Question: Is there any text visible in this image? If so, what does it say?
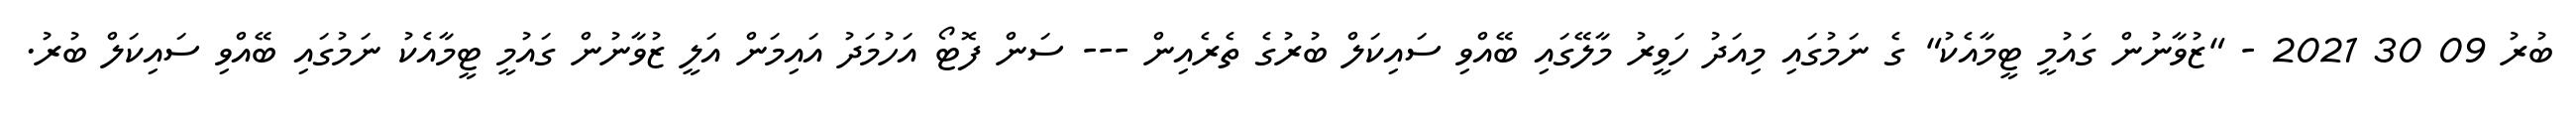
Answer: ބުރު 09 30 2021 - "ޒުވާނުން ގައުމީ ޓީމާއެކު" ގެ ނަމުގައި މިއަދު ހަވީރު މާލޭގައި ބޭއްވި ސައިކަލް ބުރުގެ ތެރެއިން --- ސަން ފޮޓޯ އަހުމަދު އައިމަން އަލީ ޒުވާނުން ގައުމީ ޓީމާއެކު ނަމުގައި ބޭއްވި ސައިކަލް ބުރު.